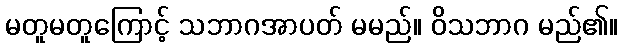
မတူမတူကြောင့် သဘာဂအာပတ် မမည်။ ဝိသဘာဂ မည်၏။